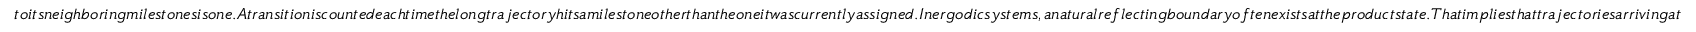
t o i t s n e i g h b o r i n g m i l e s t o n e s i s o n e . A t r a n s i t i o n i s c o u n t e d e a c h t i m e t h e l o n g t r a j e c t o r y h i t s a m i l e s t o n e o t h e r t h a n t h e o n e i t w a s c u r r e n t l y a s s i g n e d . I n e r g o d i c s y s t e m s , a n a t u r a l r e f l e c t i n g b o u n d a r y o f t e n e x i s t s a t t h e p r o d u c t s t a t e . T h a t i m p l i e s t h a t t r a j e c t o r i e s a r r i v i n g a t